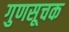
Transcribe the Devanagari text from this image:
गुणसूचक